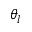
\theta _ { l }